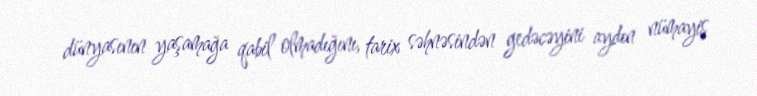
dünyasının yaşamağa qabil olmadığını, tarix səhnəsindən gedəcəyini aydın nümayiş